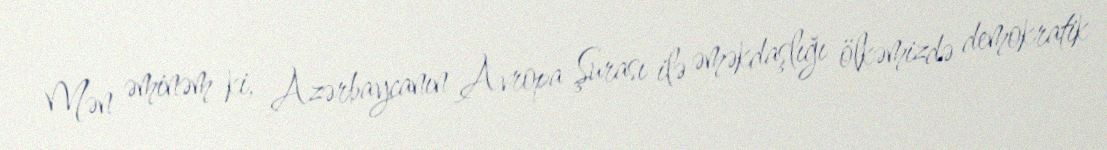
Mən əminəm ki, Azərbaycanın Avropa Şurası ilə əməkdaşlığı ölkəmizdə demokratik